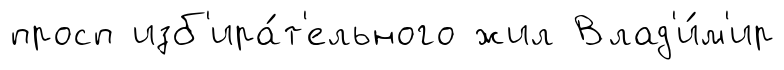
просп изб'ира́т'ельного жил Влад'и́м'ир